Calcutta medical institutions reports 1879-81 [i.e.91]
Year: 1879
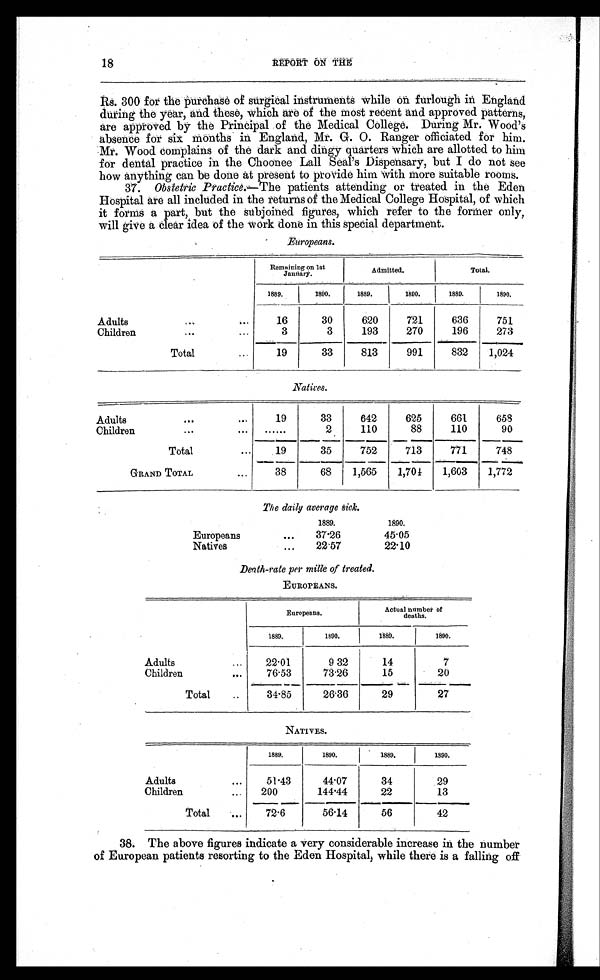
REPORT ON THE
Rs. 300 for the purchase of surgical instruments while on furlough in England
during the year, and these, which are of the most recent and approved patterns,
are approved by the Principal of the Medical College. During Mr. Wood's
absence for six months in England, Mr. G. O. Ranger officiated for him.
Mr. Wood complains of the dark and dingy quarters which are allotted to him
for dental practice in the Choonee Lall Seal's Dispensary, but I do not see
how anything can be done at present to provide him with more suitable rooms.
37. Obstetric Practice.— The patients attending or treated in the Eden
Hospital are all included in the returns of the Medical College Hospital, of which
it forms a part, but the subjoined figures, which refer to the former only,
will give a clear idea of the work done in this special department.
Europeans.
Remaining on 1st
January.
Admitted.
Total.
1889.
1890.
1889.
1890.
1889.
1890.
Adults
...
...
16
30
620
721
636
7 5 1
Children
. . .
. . .
3
3
193
270
196
273
Total
...
19
33
813
991
832
1,024
Natives.
Adults
. . .
...
19
33
642
625
661
658
Children
. . .
. . .
. . . . . .
2
110
88
110
90
Total
...
19
35
752
713
771
748
GRAND TOTAL
...
38
68
1,565
1,704
1,603
1,772
The daily average sick.
1889.
1890.
Europeans
...
37.26
45.05
Natives
...
22.57
22.10
Death-rate per mille of treated.
EUROPEANS.
Europeans.
Actual number of
deaths.
1889.
1890.
1889.
1890.
Adults
...
22.01
9.32
14
7
Children
...
76.53
73.26
15
20
Total
...
34.85
26.36
29
27
NATIVES.
1889.
1890.
1889.
1890.
Adults
...
51.43
44.07
34
29
Children
...
200
144.44
22
13
Total
...
72.6
56.14
56
42
38. The above figures indicate a very considerable increase in the number
of European patients resorting to the Eden Hospital, while there is a falling off
18